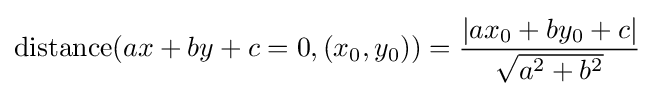
\operatorname {distance} (ax+by+c=0,(x_{0},y_{0}))={\frac {|ax_{0}+by_{0}+c|}{\sqrt {a^{2}+b^{2}}}}